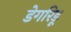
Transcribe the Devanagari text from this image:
डेगरिडू